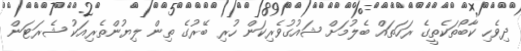
ދިވެހި ކާބޯތަކެތީގެ ރަހަތައް ބެލުމަށް ޝައުގުވެރިކަން ހުރި ބޭރުގެ ތިން ލިޔުންތެރިއަކު ޝެރަޓަން